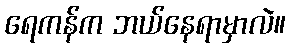
ရေကန်က ဘယ်နေရာမှာလဲ။